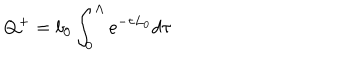
LaTeX: Q ^ { + } = b _ { 0 } \int _ { 0 } ^ { \Lambda } e ^ { - \tau L _ { 0 } } d \tau